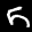
Label: 5